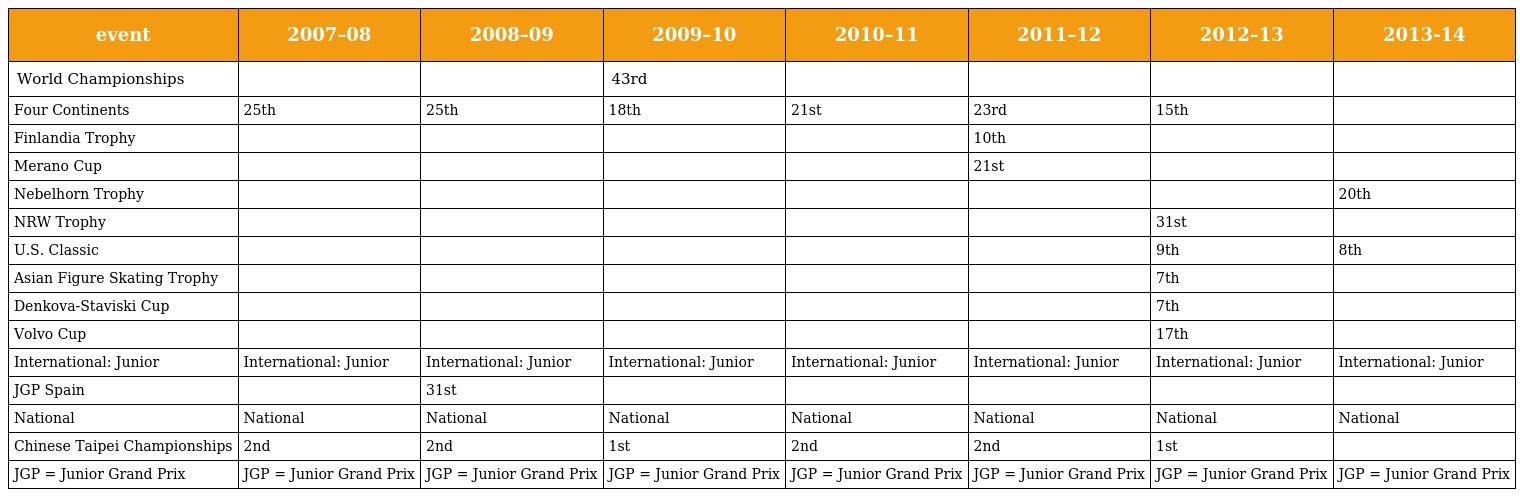
| event | 2007–08 | 2008–09 | 2009–10 | 2010–11 | 2011–12 | 2012–13 | 2013-14 |
 | --- | --- | --- | --- | --- | --- | --- | --- |
 | World Championships |  |  | 43rd |  |  |  |  |
 | Four Continents | 25th | 25th | 18th | 21st | 23rd | 15th |  |
 | Finlandia Trophy |  |  |  |  | 10th |  |  |
 | Merano Cup |  |  |  |  | 21st |  |  |
 | Nebelhorn Trophy |  |  |  |  |  |  | 20th |
 | NRW Trophy |  |  |  |  |  | 31st |  |
 | U.S. Classic |  |  |  |  |  | 9th | 8th |
 | Asian Figure Skating Trophy |  |  |  |  |  | 7th |  |
 | Denkova-Staviski Cup |  |  |  |  |  | 7th |  |
 | Volvo Cup |  |  |  |  |  | 17th |  |
 | International: Junior | International: Junior | International: Junior | International: Junior | International: Junior | International: Junior | International: Junior | International: Junior |
 | JGP Spain |  | 31st |  |  |  |  |  |
 | National | National | National | National | National | National | National | National |
 | Chinese Taipei Championships | 2nd | 2nd | 1st | 2nd | 2nd | 1st |  |
 | JGP = Junior Grand Prix | JGP = Junior Grand Prix | JGP = Junior Grand Prix | JGP = Junior Grand Prix | JGP = Junior Grand Prix | JGP = Junior Grand Prix | JGP = Junior Grand Prix | JGP = Junior Grand Prix |